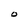
Character: O